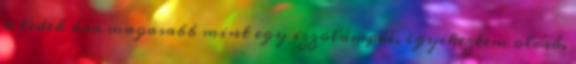
a ledek ára magasabb mint egy izzolámpáé, igyekeztem olcsó,